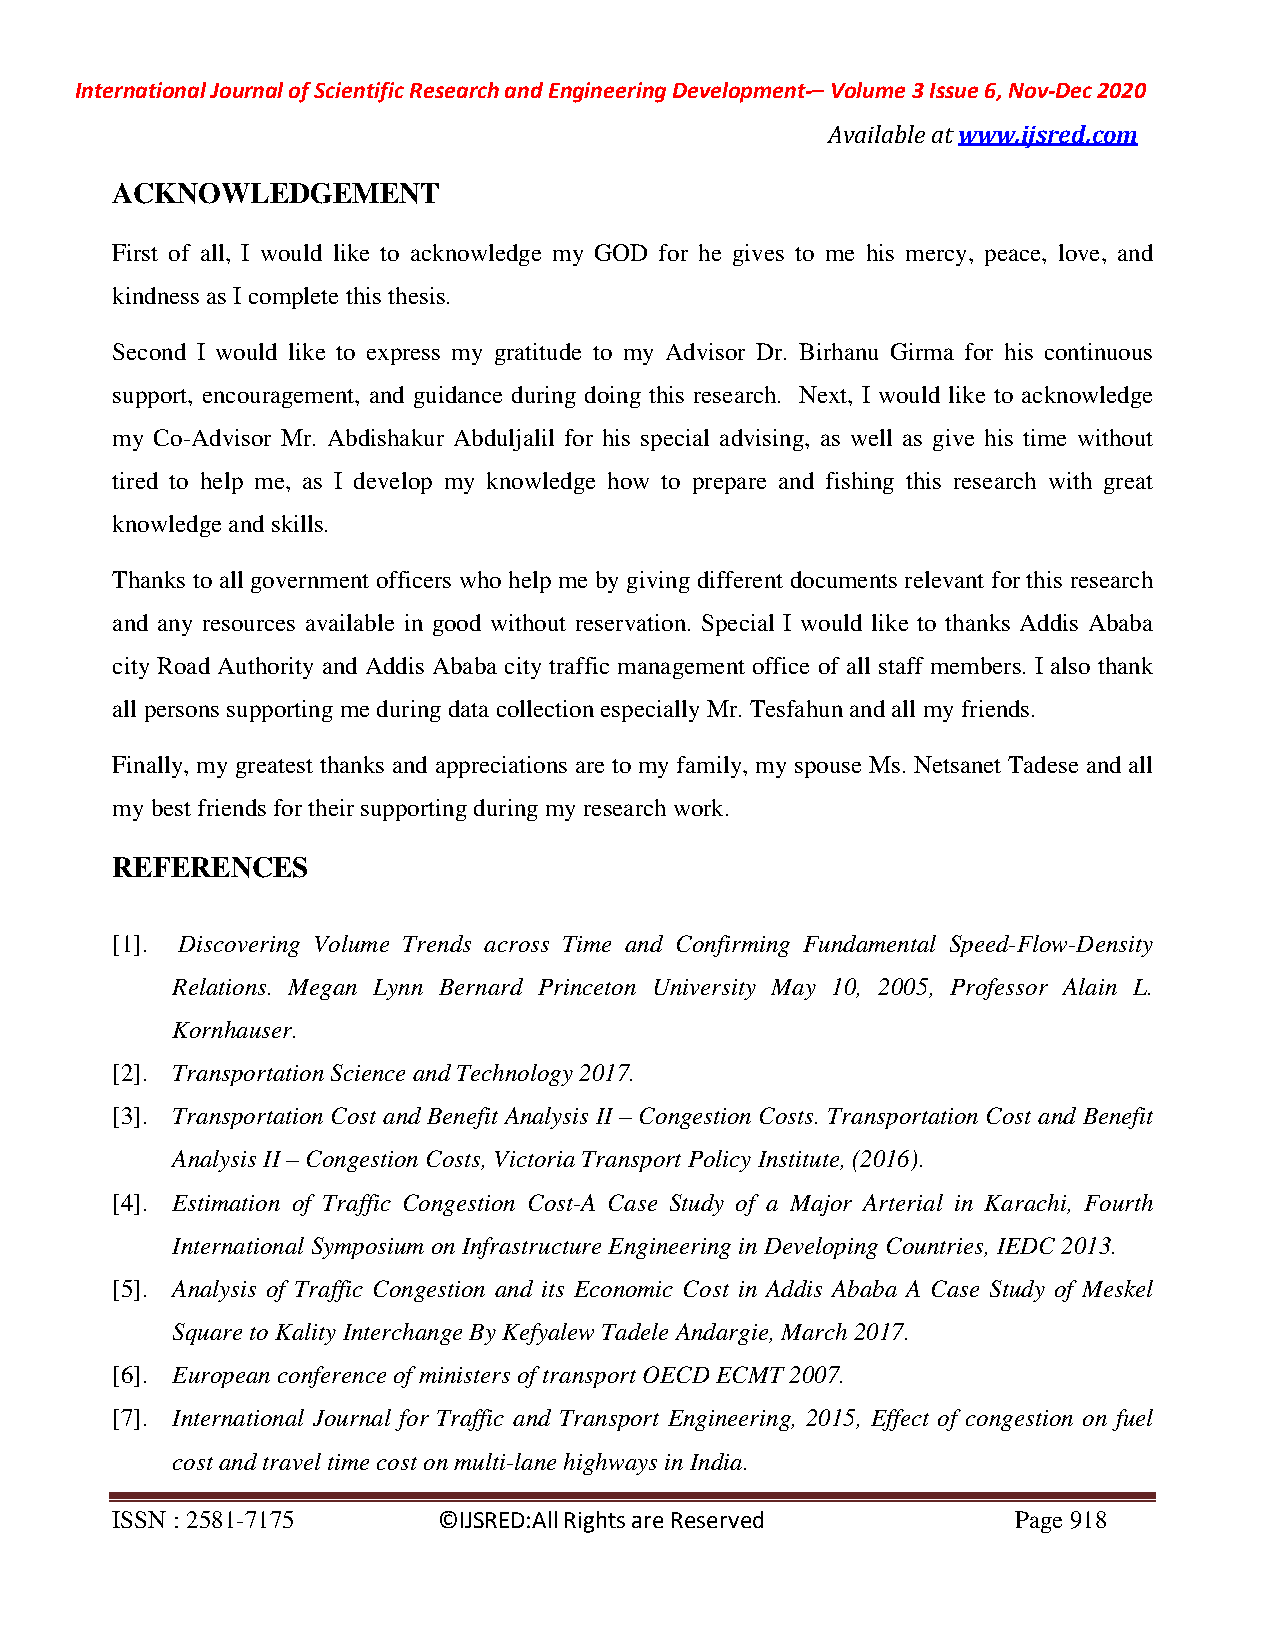
International Journal of Scientific Research and Engineering Development-– Volume 3 Issue 6, Nov-Dec 2020
 Available at www.ijsred.com
 ACKNOWLEDGEMENT
 First of all, I would like to acknowledge my GOD for he gives to me his mercy, peace, love, and
 kindness as I complete this thesis.
 Second I would like to express my gratitude to my Advisor Dr. Birhanu Girma for his continuous
 support, encouragement, and guidance during doing this research. Next, I would like to acknowledge
 my Co-Advisor Mr. Abdishakur Abduljalil for his special advising, as well as give his time without
 tired to help me, as I develop my knowledge how to prepare and fishing this research with great
 knowledge and skills.
 Thanks to all government officers who help me by giving different documents relevant for this research
 and any resources available in good without reservation. Special I would like to thanks Addis Ababa
 city Road Authority and Addis Ababa city traffic management office of all staff members. I also thank
 all persons supporting me during data collection especially Mr. Tesfahun and all my friends.
 Finally, my greatest thanks and appreciations are to my family, my spouse Ms. Netsanet Tadese and all
 my best friends for their supporting during my research work.
 REFERENCES
 [1]. Discovering Volume Trends across Time and Confirming Fundamental Speed-Flow-Density
 Relations. Megan Lynn Bernard Princeton University May 10, 2005, Professor Alain L.
 Kornhauser.
 [2]. Transportation Science and Technology 2017.
 [3]. Transportation Cost and Benefit Analysis II – Congestion Costs. Transportation Cost and Benefit
 Analysis II – Congestion Costs, Victoria Transport Policy Institute, (2016).
 [4]. Estimation of Traffic Congestion Cost-A Case Study of a Major Arterial in Karachi, Fourth
 International Symposium on Infrastructure Engineering in Developing Countries, IEDC 2013.
 [5]. Analysis of Traffic Congestion and its Economic Cost in Addis Ababa A Case Study of Meskel
 Square to Kality Interchange By Kefyalew Tadele Andargie, March 2017.
 [6]. European conference of ministers of transport OECD ECMT 2007.
 [7]. International Journal for Traffic and Transport Engineering, 2015, Effect of congestion on fuel
 cost and travel time cost on multi-lane highways in India.
 ISSN : 2581-7175      ©IJSRED:All Rights are Reserved       Page 918